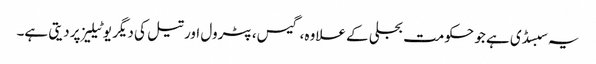
یہ سبسڈی ہے جو حکومت بجلی کے علاوہ، گیس، پٹرول اور تیل کی دیگر یوٹیلیز پر دیتی ہے۔